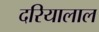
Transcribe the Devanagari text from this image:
दरियालाल